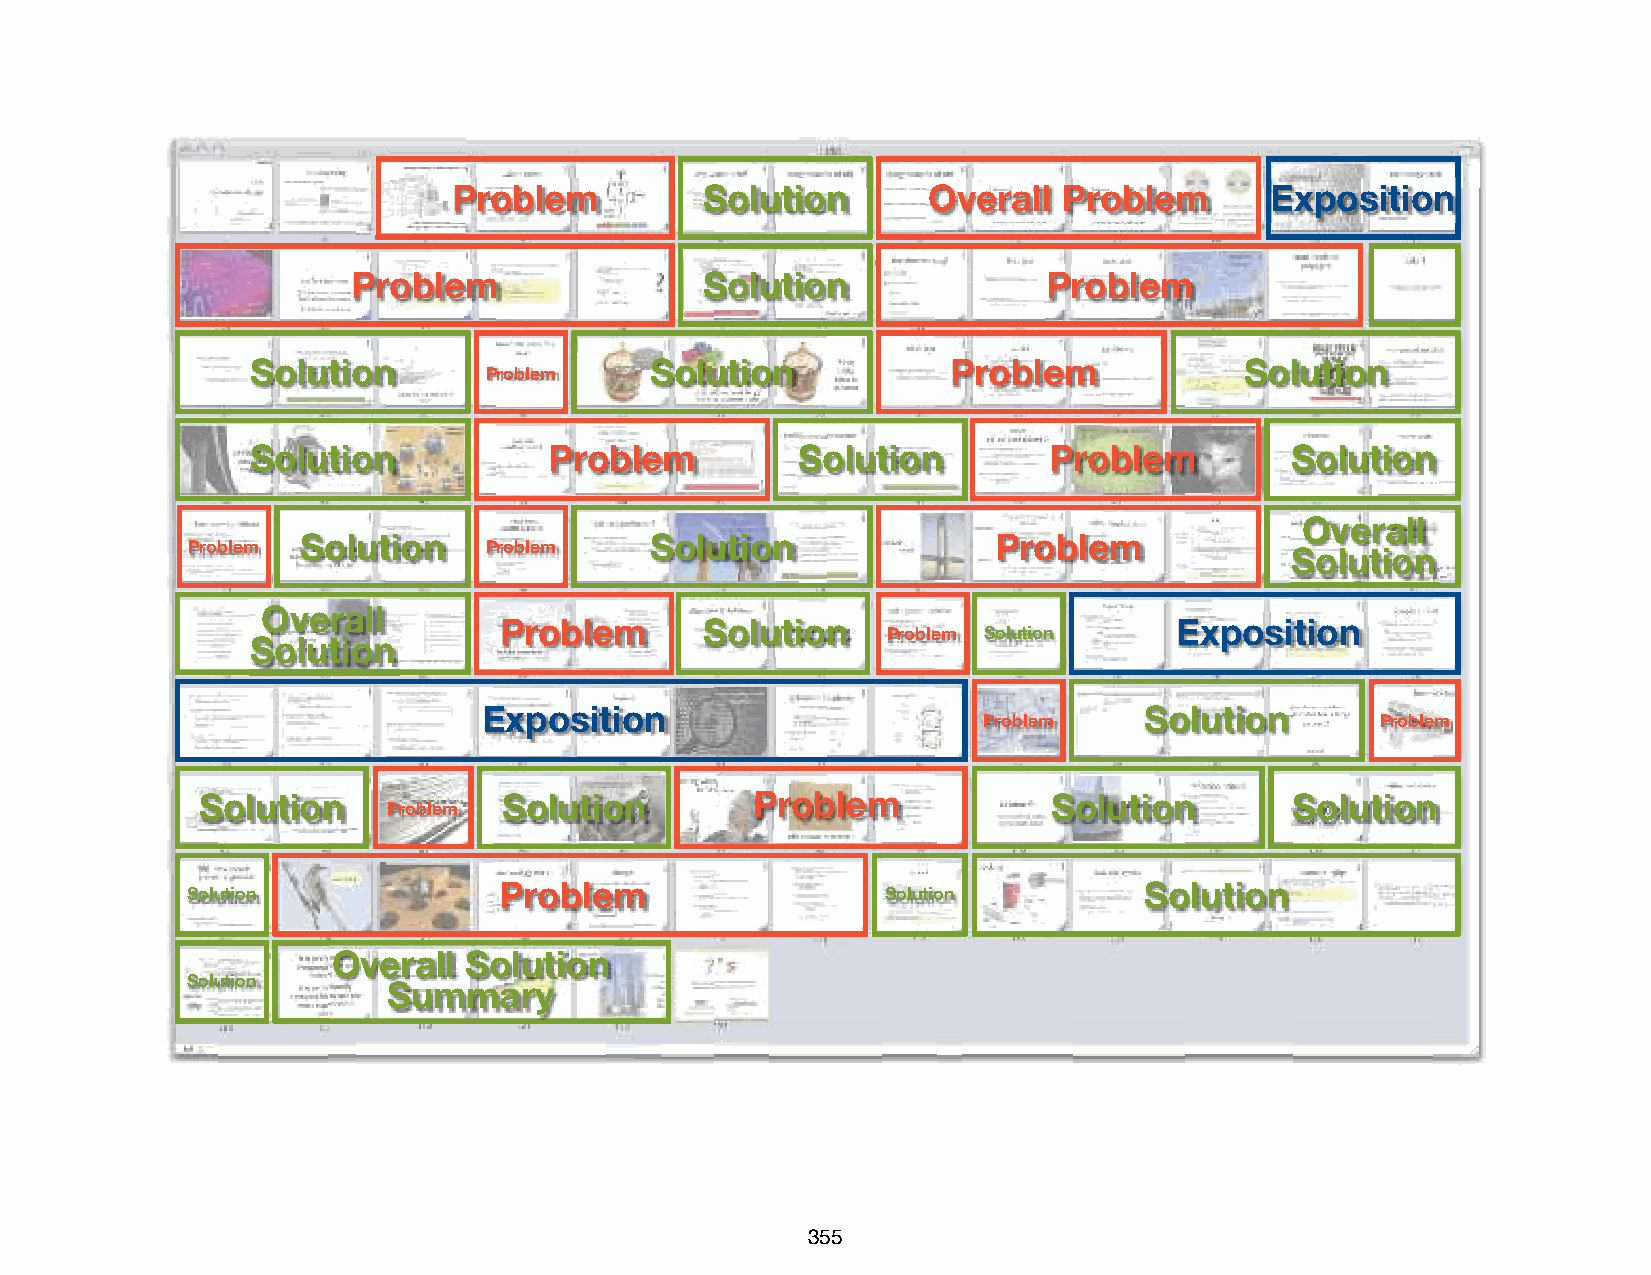
Problem          Solution      Overall  Problem       Exposition
 Test           Driven                 Design
 Problem                 Solution              Problem
 Solution                  Solution            Problem            Solution
 Problem
 Solution           Problem          Solution        Problem         Solution
 Overall
 Solution               Solution               Problem
 Problem             Problem                                              Solution
 Overall
 Problem       Solution                       Exposition
 Problem Solution
 Solution
 Exposition                                  Solution
 Problem                   Problem
 Solution            Solution         Problem             Solution        Solution
 Problem
 Problem                                    Solution
 Solution                                       Solution
 Overall  Solution
 Solution      Summary
 355